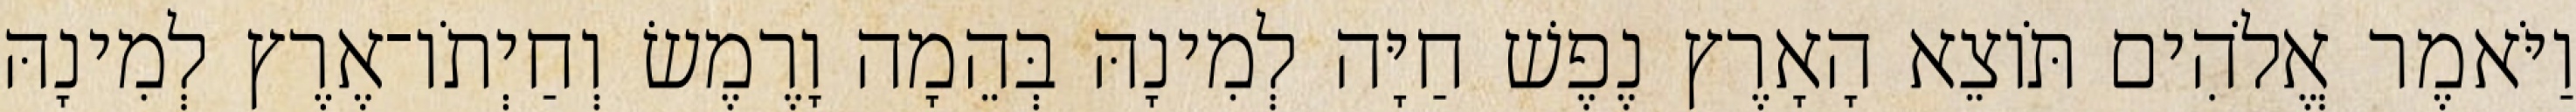
וַיֹּאמֶר אֱלֹהִים תֹּוצֵא הָאָרֶץ נֶפֶשׁ חַיָּה לְמִינָהּ בְּהֵמָה וָרֶמֶשׂ וְחַיְתֹו־אֶרֶץ לְמִינָהּ